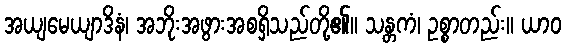
အယျမေယျာဒိနံ၊ အဘိုးအဖွားအစရှိသည်တို့၏။ သန္တကံ၊ ဥစ္စာတည်း။ ယာဝ